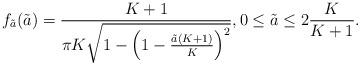
LaTeX: \begin{align*}f_{\tilde{a}}(\tilde{a}) = \frac{K+1}{\pi K \sqrt{1-\left(1-\frac{\tilde{a}(K+1)}{K}\right)^{2}}}, 0 \leq \tilde{a} \leq 2\frac{K}{K+1}.\end{align*}